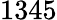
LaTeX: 1345